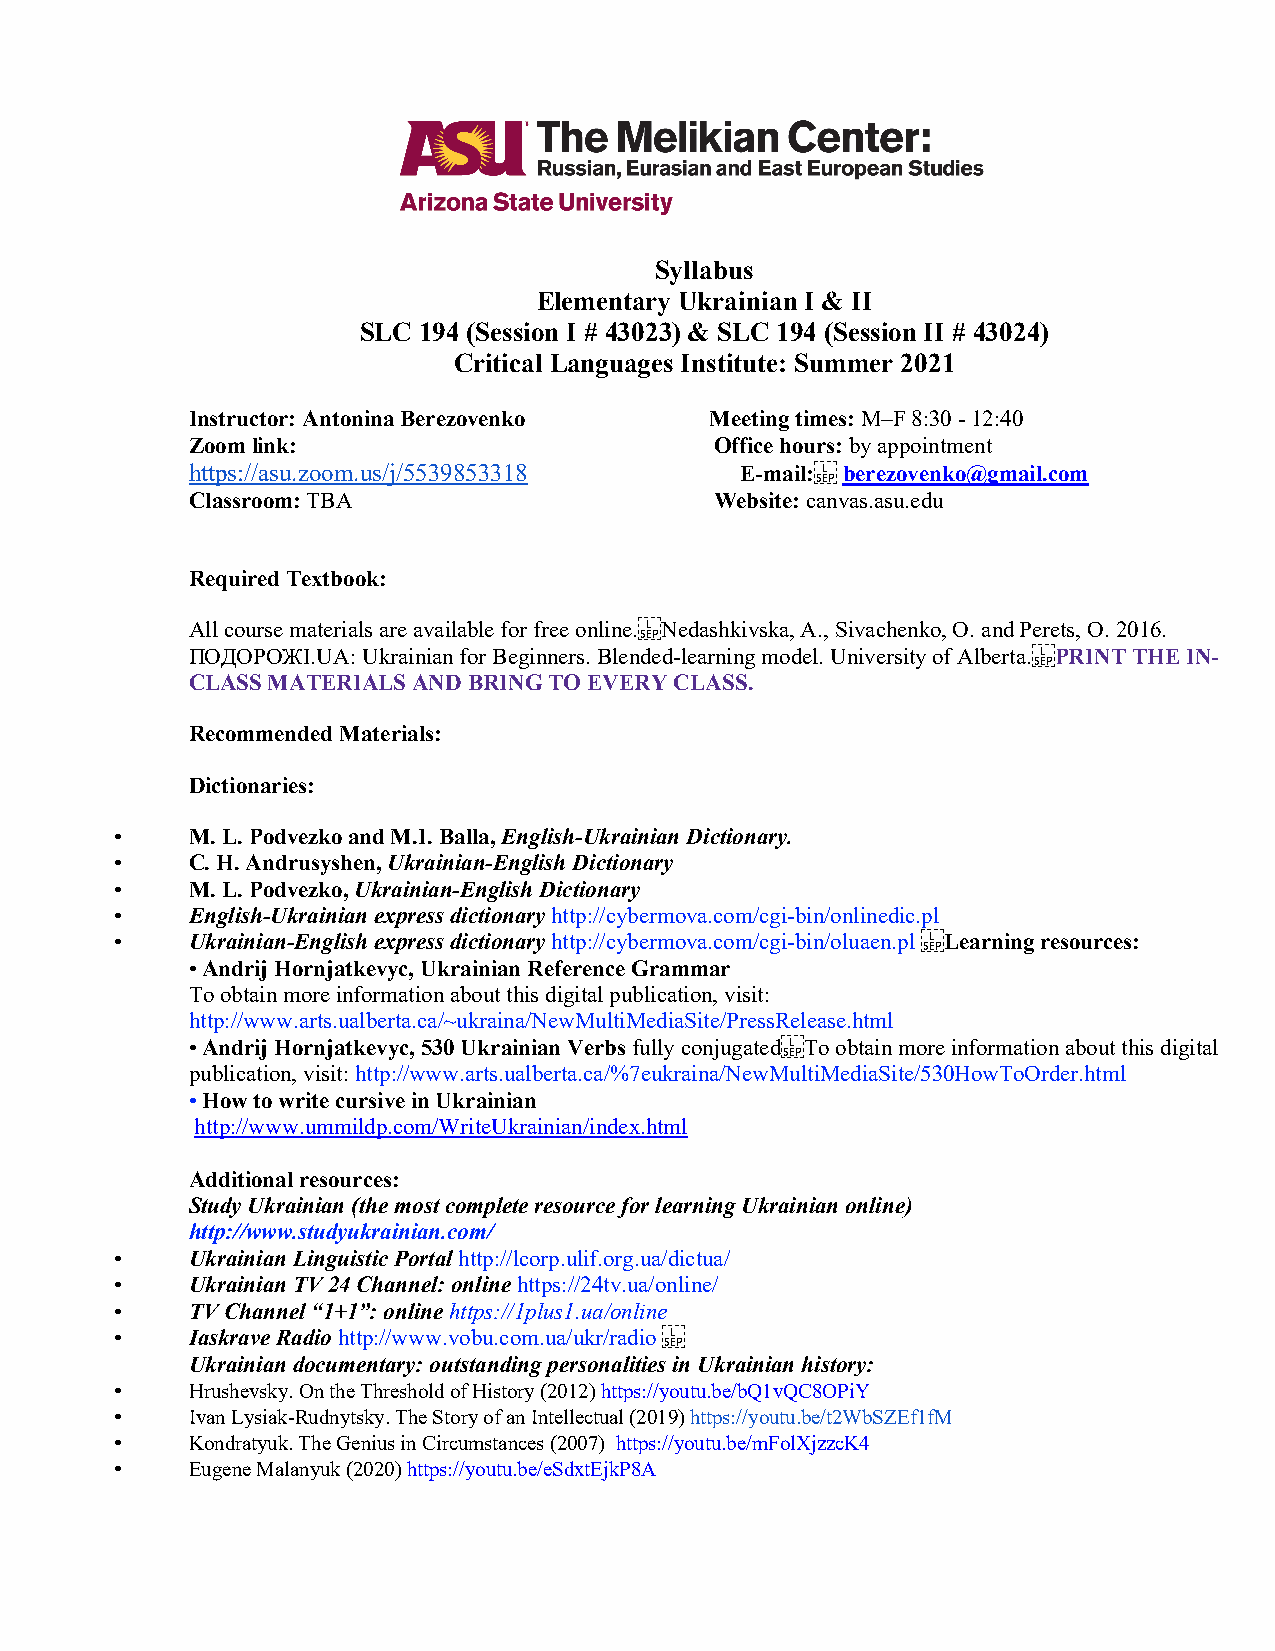
Syllabus
 Elementary Ukrainian I & II
 SLC 194 (Session I # 43023) & SLC 194 (Session II # 43024)
 Critical Languages Institute: Summer 2021
 Instructor: Antonina Berezovenko   Meeting times: M–F 8:30 - 12:40
 Zoom link:                         Office hours: by appointment
 https://asu.zoom.us/j/5539853318     E-mail: berezovenko@gmail.com
 Classroom: TBA                     Website: canvas.asu.edu
 Required Textbook:
 All course materials are available for free online. Nedashkivska, A., Sivachenko, O. and Perets, O. 2016.
 ПОДОРОЖІ.UA: Ukrainian for Beginners. Blended-learning model. University of Alberta. PRINT THE IN-
 CLASS MATERIALS AND BRING TO EVERY CLASS.
 Recommended Materials:
 Dictionaries:
 •   M. L. Podvezko and M.I. Balla, English-Ukrainian Dictionary.
 •   C. H. Andrusyshen, Ukrainian-English Dictionary
 •   M. L. Podvezko, Ukrainian-English Dictionary
 •   English-Ukrainian express dictionary http://cybermova.com/cgi-bin/onlinedic.pl
 •   Ukrainian-English express dictionary http://cybermova.com/cgi-bin/oluaen.pl Learning resources:
 • Andrij Hornjatkevyc, Ukrainian Reference Grammar
 To obtain more information about this digital publication, visit:
 http://www.arts.ualberta.ca/~ukraina/NewMultiMediaSite/PressRelease.html
 • Andrij Hornjatkevyc, 530 Ukrainian Verbs fully conjugated To obtain more information about this digital
 publication, visit: http://www.arts.ualberta.ca/%7eukraina/NewMultiMediaSite/530HowToOrder.html
 • How to write cursive in Ukrainian
 http://www.ummildp.com/WriteUkrainian/index.html
 Additional resources:
 Study Ukrainian (the most complete resource for learning Ukrainian online)
 http://www.studyukrainian.com/
 •   Ukrainian Linguistic Portal http://lcorp.ulif.org.ua/dictua/
 •   Ukrainian TV 24 Channel: online https://24tv.ua/online/
 •   TV Channel “1+1”: online https://1plus1.ua/online
 •   Iaskrave Radio http://www.vobu.com.ua/ukr/radio
 Ukrainian documentary: outstanding personalities in Ukrainian history:
 •   Hrushevsky. On the Threshold of History (2012) https://youtu.be/bQ1vQC8OPiY
 •   Ivan Lysiak-Rudnytsky. The Story of an Intellectual (2019) https://youtu.be/t2WbSZEf1fM
 •   Kondratyuk. The Genius in Circumstances (2007) https://youtu.be/mFolXjzzcK4
 •   Eugene Malanyuk (2020) https://youtu.be/eSdxtEjkP8A